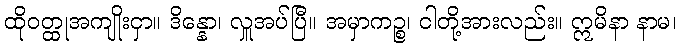
ထိုဝတ္ထုအကျိုးငှာ။ ဒိန္နော၊ လှူအပ်ပြီ။ အမှာကဉ္စ၊ ငါတို့အားလည်း။ ဣမိနာ နာမ၊